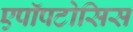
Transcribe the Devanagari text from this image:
एपॉपटोसिस